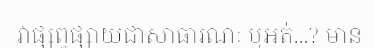
វាផ្សព្វផ្សាយជាសាធារណៈ ឬអត់...? មាន